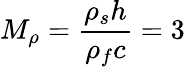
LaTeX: M_{\rho}=\frac{\rho_{s}h}{\rho_{f}c}=3